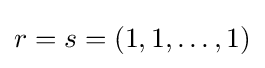
r=s=(1,1,\ldots ,1)